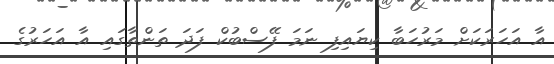
އާ އަހަރަކަށް މަރުހަބާ ކިޔައިފި ނަމަ ފޭސްބުކް ފަދަ ތަންތާގައި އާ އަހަރުގެ